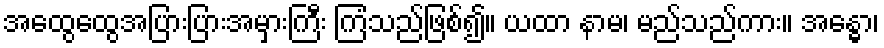
အထွေထွေအပြားပြားအမှားကြီး ကြံသည်ဖြစ်၍။ ယထာ နာမ၊ မည်သည်ကား။ အန္ဓော၊